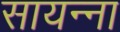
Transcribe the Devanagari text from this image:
सायन्ना